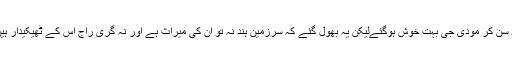
یہ سن کر مودی جی بہت خوش ہوگئےلیکن یہ بھول گئے کہ سرزمین ہند نہ تو ان کی میراث ہے اور نہ گری راج اس کے ٹھیکیدار ہیں۔